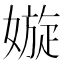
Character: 嫙